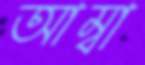
আম্বা